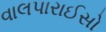
વાલપારાઈસો